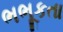
ભભૂકતા